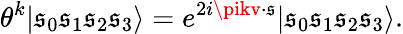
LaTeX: \theta^{k}|\mathfrak{s}_{0}\mathfrak{s}_{1}\mathfrak{s}_{2}\mathfrak{s}_{3}\rangle=e^{2i\pikv\cdot\mathfrak{s}}|\mathfrak{s}_{0}\mathfrak{s}_{1}\mathfrak{s}_{2}\mathfrak{s}_{3}\rangle.